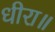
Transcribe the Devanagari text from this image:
धीरा॥